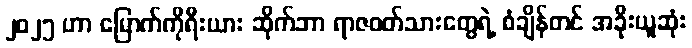
၂၀၂၅ ဟာ မြောက်ကိုရီးယား ဆိုက်ဘာ ရာဇဝတ်သားတွေရဲ့ စံချိန်တင် အခိုးယူဆုံး